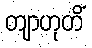
တျာဟုတိံ